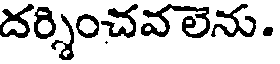
దర్శించవ లెను.